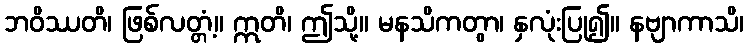
ဘဝိဿတိ၊ ဖြစ်လတ္တံ့။ ဣတိ၊ ဤသို့။ မနသိကတွာ၊ နှလုံးပြု၍။ နဗျာကာသိ၊